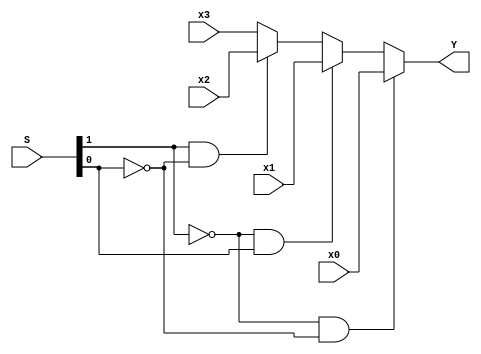
module mux(x0, x1, x2, x3, S, Y);
input x0, x1, x2, x3;
input [1:0] S;
output Y;

reg Y;

always @(*)
begin
	if((S[1] == 0) && (S[0] == 0))
		Y = x0;
	else if((S[1] == 0) && (S[0] == 1))
		Y = x1;
	else if((S[1] == 1) && (S[0] == 0))
		Y = x2;
	else
		Y = x3;
end
endmodule